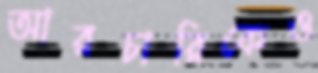
আরচারিকেও